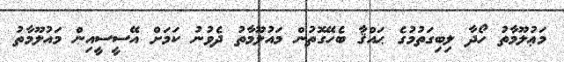
މަޢުލޫމާތު ހޯދާ ލިބިގަތުމުގެ ޙައްޤާ ބެހޭގޮތުން މައުލޫމާތު ދެވުނު ކަމަށް އޭސީސީއިން މައުލޫމާތު